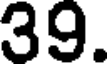
39.